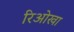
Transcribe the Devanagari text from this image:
रिओखा